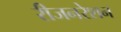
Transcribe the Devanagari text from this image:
रीजनरेशन